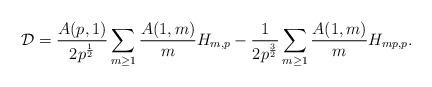
LaTeX: \begin{align*}\mathcal{D} &= \frac{A(p, 1)}{2 p^{\frac{1}{2}}} \sum_{m \geq 1} \frac{A(1, m)}{m} H_{m, p} - \frac{1}{2 p^{\frac{3}{2}}} \sum_{m \geq 1} \frac{A(1, m)}{m} H_{m p, p}.\end{align*}